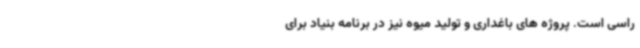
راسی است. پروژه های باغداری و تولید میوه نیز در برنامه بنیاد برای